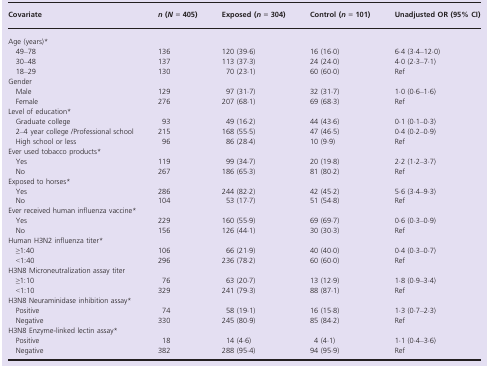
<table><thead><tr><td><b>Covariate</b></td><td><b><i>n</i> (<i>N</i> = 405)</b></td><td><b>Exposed (<i>n</i> = 304)</b></td><td><b>Control (<i>n</i> = 101)</b></td><td><b>Unadjusted OR (95% CI)</b></td></tr></thead><tbody><tr><td colspan="5">Age (years)*</td></tr><tr><td> 49–78</td><td>136</td><td>120 (39·6)</td><td>16 (16·0)</td><td>6·4 (3·4–12·0)</td></tr><tr><td> 30–48</td><td>137</td><td>113 (37·3)</td><td>24 (24·0)</td><td>4·0 (2·3–7·1)</td></tr><tr><td> 18–29</td><td>130</td><td>70 (23·1)</td><td>60 (60·0)</td><td>Ref</td></tr><tr><td colspan="5">Gender</td></tr><tr><td> Male</td><td>129</td><td>97 (31·7)</td><td>32 (31·7)</td><td>1·0 (0·6–1·6)</td></tr><tr><td> Female</td><td>276</td><td>207 (68·1)</td><td>69 (68·3)</td><td>Ref</td></tr><tr><td colspan="5">Level of education*</td></tr><tr><td> Graduate college</td><td>93</td><td>49 (16·2)</td><td>44 (43·6)</td><td>0·1 (0·1–0·3)</td></tr><tr><td> 2–4 year college /Professional school</td><td>215</td><td>168 (55·5)</td><td>47 (46·5)</td><td>0·4 (0·2–0·9)</td></tr><tr><td> High school or less</td><td>96</td><td>86 (28·4)</td><td>10 (9·9)</td><td>Ref</td></tr><tr><td colspan="5">Ever used tobacco products*</td></tr><tr><td> Yes</td><td>119</td><td>99 (34·7)</td><td>20 (19·8)</td><td>2·2 (1·2–3·7)</td></tr><tr><td> No</td><td>267</td><td>186 (65·3)</td><td>81 (80·2)</td><td>Ref</td></tr><tr><td colspan="5">Exposed to horses*</td></tr><tr><td> Yes</td><td>286</td><td>244 (82·2)</td><td>42 (45·2)</td><td>5·6 (3·4–9·3)</td></tr><tr><td> No</td><td>104</td><td>53 (17·7)</td><td>51 (54·8)</td><td>Ref</td></tr><tr><td colspan="5">Ever received human influenza vaccine*</td></tr><tr><td> Yes</td><td>229</td><td>160 (55·9)</td><td>69 (69·7)</td><td>0·6 (0·3–0·9)</td></tr><tr><td> No</td><td>156</td><td>126 (44·1)</td><td>30 (30·3)</td><td>Ref</td></tr><tr><td colspan="5">Human H3N2 influenza titer*</td></tr><tr><td> ≥1:40</td><td>106</td><td>66 (21·9)</td><td>40 (40·0)</td><td>0·4 (0·3–0·7)</td></tr><tr><td> &lt;1:40</td><td>296</td><td>236 (78·2)</td><td>60 (60·0)</td><td>Ref</td></tr><tr><td colspan="5">H3N8 Microneutralization assay titer</td></tr><tr><td> ≥1:10</td><td>76</td><td>63 (20·7)</td><td>13 (12·9)</td><td>1·8 (0·9–3·4)</td></tr><tr><td> &lt;1:10</td><td>329</td><td>241 (79·3)</td><td>88 (87·1)</td><td>Ref</td></tr><tr><td colspan="5">H3N8 Neuraminidase inhibition assay*</td></tr><tr><td> Positive</td><td>74</td><td>58 (19·1)</td><td>16 (15·8)</td><td>1·3 (0·7–2·3)</td></tr><tr><td> Negative</td><td>330</td><td>245 (80·9)</td><td>85 (84·2)</td><td>Ref</td></tr><tr><td colspan="5">H3N8 Enzyme-linked lectin assay*</td></tr><tr><td> Positive</td><td>18</td><td>14 (4·6)</td><td>4 (4·1)</td><td>1·1 (0·4–3·6)</td></tr><tr><td> Negative</td><td>382</td><td>288 (95·4)</td><td>94 (95·9)</td><td>Ref</td></tr></tbody></table>